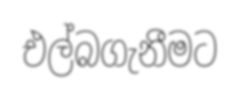
එල්බගැනීමට